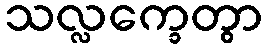
သလ္လက္ခေတွာ